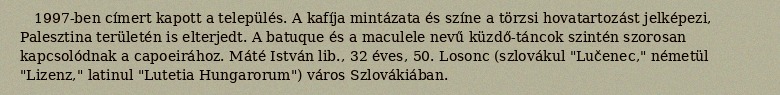
1997-ben címert kapott a település. A kafíja mintázata és színe a törzsi hovatartozást jelképezi, Palesztina területén is elterjedt. A batuque és a maculele nevű küzdő-táncok szintén szorosan kapcsolódnak a capoeirához. Máté István lib., 32 éves, 50. Losonc (szlovákul "Lučenec," németül "Lizenz," latinul "Lutetia Hungarorum") város Szlovákiában.